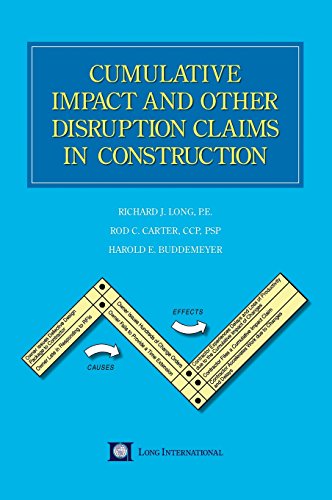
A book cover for Cumulative Impact and Other Disruption Claims in Construction; Richard J. Long; Law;